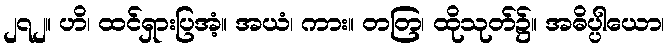
၂၇၂။ ဟိ၊ ထင်ရှားပြအံ့။ အယံ၊ ကား။ တတြ၊ ထိုသုတ်၌။ အဓိပ္ပါယော၊